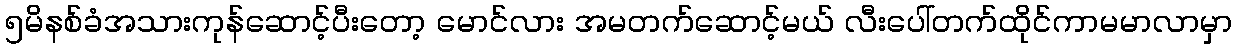
၅မိနစ်ခံအသားကုန်ဆောင့်ပီးတော့ မောင်လား အမတက်ဆောင့်မယ် လီးပေါ်တက်ထိုင်ကာမမာလာမှာ